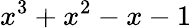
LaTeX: x^{3}+x^{2}-x-1